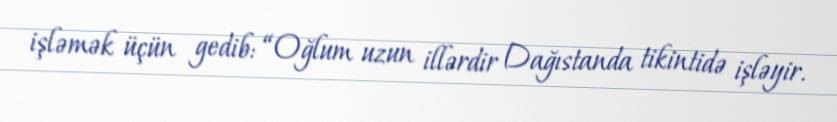
işləmək üçün gedib: “Oğlum uzun illərdir Dağıstanda tikintidə işləyir.